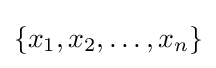
\{x_{1},x_{2},\ldots ,x_{n}\}